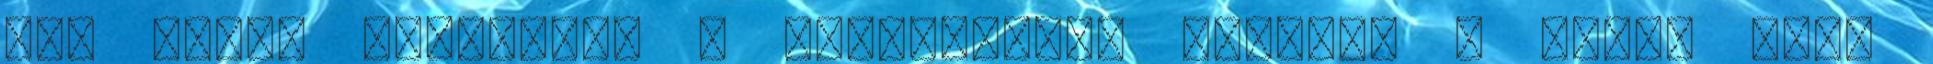
nem tudja elrejteni a szemfogait, csillog a szeme mint